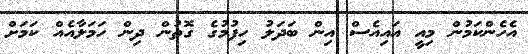
އެހެންކަމުން މިއީ އައިއެސް އިން ބަދަލު ހިފުމުގެ ގޮތުން ދިން ހަމަލާއެއް ކަމަށް